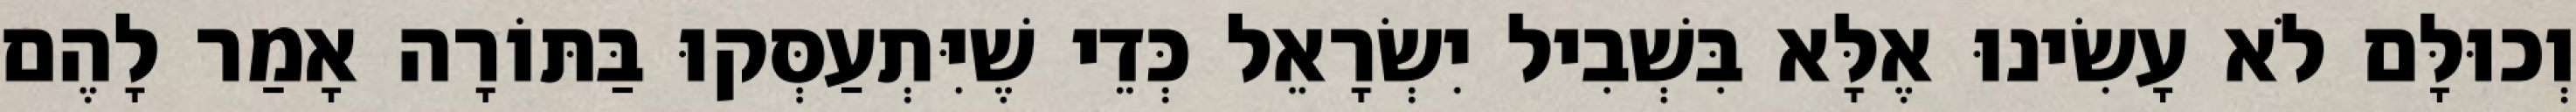
וְכוּלָּם לֹא עָשִׂינוּ אֶלָּא בִּשְׁבִיל יִשְׂרָאֵל כְּדֵי שֶׁיִּתְעַסְּקוּ בַּתּוֹרָה אָמַר לָהֶם